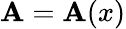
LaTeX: \mathbf{A}=\mathbf{A}(x)